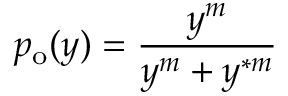
p _ { \mathrm { o } } ( y ) = \frac { y ^ { m } } { y ^ { m } + y ^ { \ast m } }